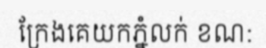
ក្រែងគេយកភ្នំលក់ ខណ: